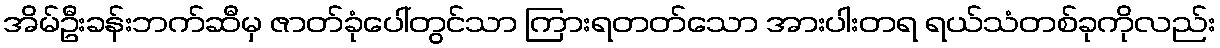
အိမ်ဦးခန်းဘက်ဆီမှ ဇာတ်ခုံပေါ်တွင်သာ ကြားရတတ်သော အားပါးတရ ရယ်သံတစ်ခုကိုလည်း